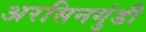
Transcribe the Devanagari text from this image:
अरसिनगुंडी